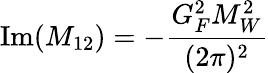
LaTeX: \mathrm{Im}(M_{12})=-{\frac{G_{F}^{2}M_{W}^{2}}{(2\pi)^{2}}}